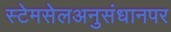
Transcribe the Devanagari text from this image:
स्टेमसेलअनुसंधानपर